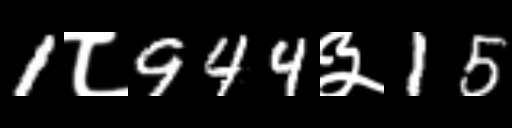
Text: 1८944३15